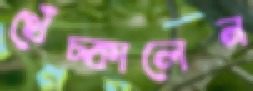
খেঁচ্‌কালেন